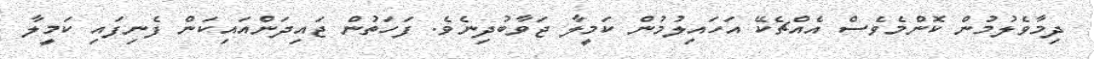
ދިމާވެލުމުން ކޮންމެވެސް އެއްޗެކޭ އަހައިލުމުން ކަމީލާ ޖަވާބުދިނެވެ. ފަހަތުން ޖައިދަންއައިކަން ފެނިފައި ކަމީލާ